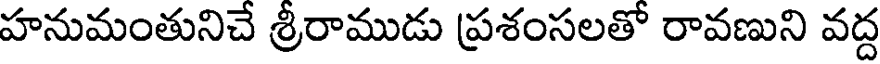
హనుమంతునిచే శ్రీరాముడు ప్రశంసలతో రావణుని వద్ద